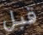
قبل